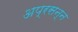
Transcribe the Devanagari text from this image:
अप्रसन्‍न